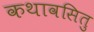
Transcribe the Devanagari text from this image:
कथावसितु